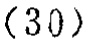
\((30)\)